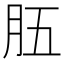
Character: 𦙗